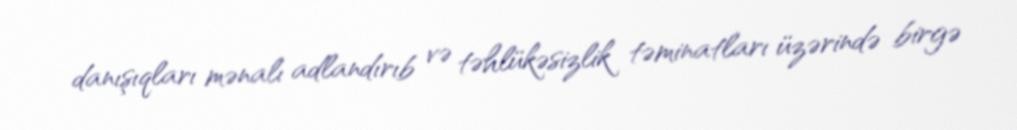
danışıqları mənalı adlandırıb və təhlükəsizlik təminatları üzərində birgə